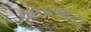
માનાબાટા